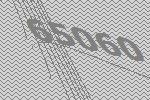
65060